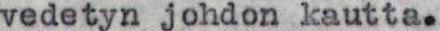
vedetyn johdon kautta.